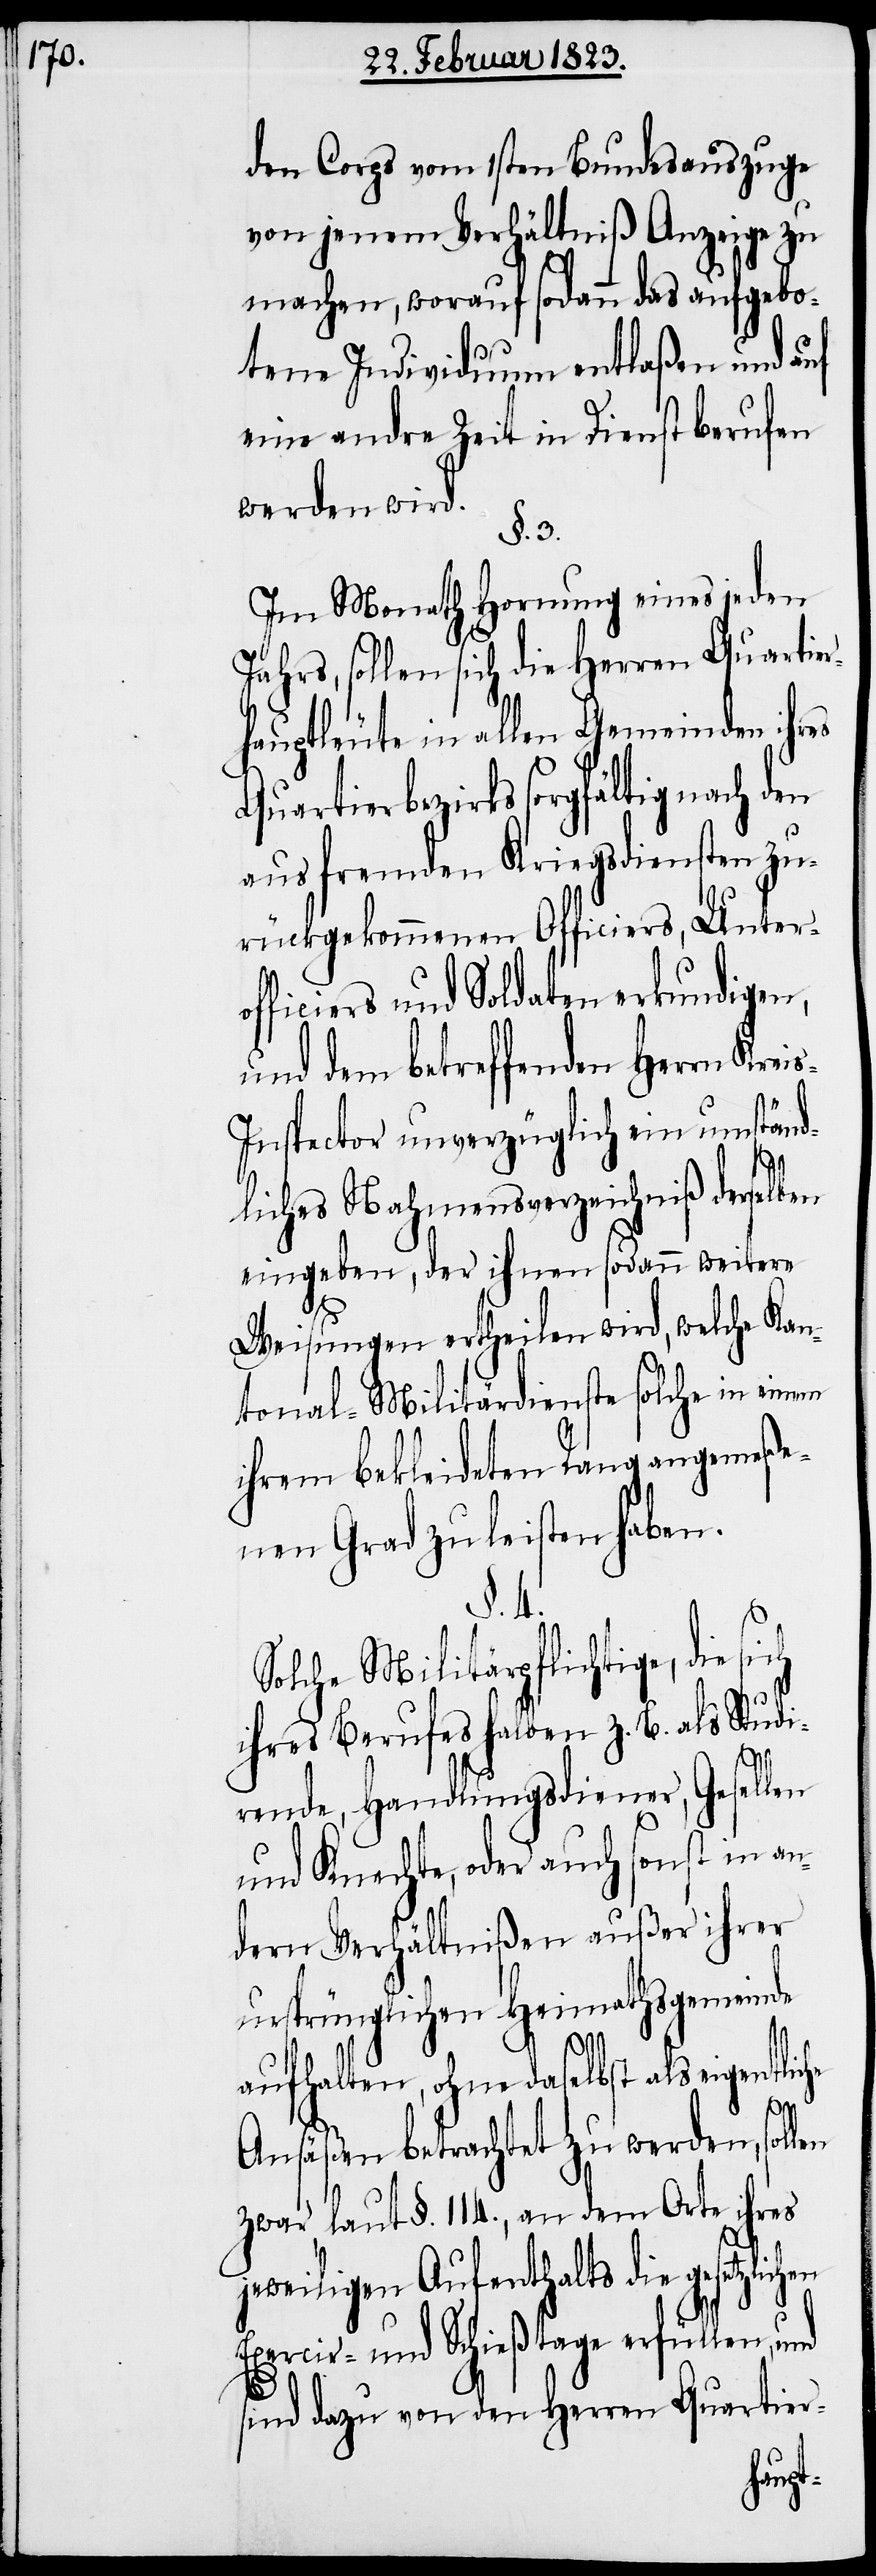
den Corps vom 1sten Bundesauszuge
von jenem Verhältniß Anzeige zu
machen, worauf sodann das aufgebo¬
tene Individuum entlaßen und auf
eine andre Zeit in Dienst berufen
werden wird.
§. 4.
Im Monath Hornung eines jeden
Jahrs, sollen sich die Herren Quartier¬
hauptleute in allen Gemeinden ihres
Quartierbezirks sorgfältig nach den
aus fremden Kriegsdiensten zu¬
rückgekommenen Officiers, Untero¬
fficiers und Soldaten erkundigen,
und dem betreffenden Herrn Krei¬
s-Inspector unverzüglich ein umständ¬
liches Nahmensverzeichniß derselben
eingeben, der ihnen sodann weitere
hen
Weisungen ertheilen wird, welche Kan¬
tonal-Militärdienste solche in
ihrem bekleideten Rang angemeße¬
nen Grad zu leisten haben.
einem
Solche Militärpflichtige, die
ihres Berufes halben z. B. als Studi¬
rende, Handlungsdiener, Gesellen
und Knechte, oder auch sonst in an¬
dern Verhältnißen außer ihrer
ursprünglichen Heimathsgemeinde
aufhalten, ohne daselbst als eigentliche
Ansäßen betrachtet zu werden, soll¬
zwar, laut §. 114., an dem Orte ihres
jeweiligen Aufenthalts die gesetzlic¬
Exercir- und Schießtage erfüllen,
sind dazu von den Herren Quartier-